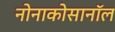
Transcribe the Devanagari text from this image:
नोनाकोसानॉल